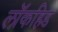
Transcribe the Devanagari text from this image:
लॉकहिड